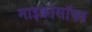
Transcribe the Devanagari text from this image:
माइक्रोसॉफ्त